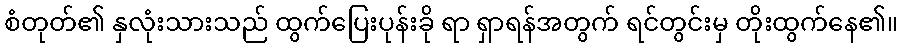
စံတုတ်၏ နှလုံးသားသည် ထွက်ပြေးပုန်းခို ရာ ရှာရန်အတွက် ရင်တွင်းမှ တိုးထွက်နေ၏။